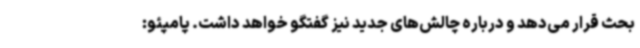
بحث قرار می‌دهد و درباره چالش‌های جدید نیز گفتگو خواهد داشت. پامپئو: